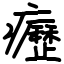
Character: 癧